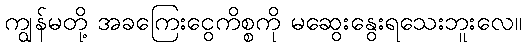
ကျွန်မတို့ အခကြေးငွေကိစ္စကို မဆွေးနွေးရသေးဘူးလေ။